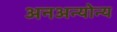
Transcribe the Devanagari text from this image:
अनअन्‍योन्‍य